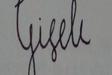
Signature authenticity: forged